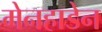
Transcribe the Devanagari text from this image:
मेनहाडेन